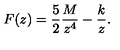
F ( z ) = { \frac { 5 } { 2 } } { \frac { M } { z ^ { 4 } } } - { \frac { k } { z } } .